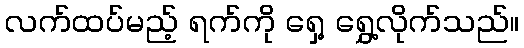
လက်ထပ်မည့် ရက်ကို ရှေ့ ရွှေ့လိုက်သည်။